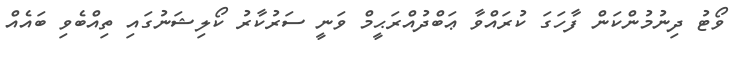
ވޯޓު ދިނުމުންކަން ފާހަގަ ކުރައްވާ ޢަބްދުއްރަޙީމް ވަނީ ސަރުކާރު ކޯލިޝަނުގައި ތިއްބެވި ބައެއް